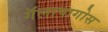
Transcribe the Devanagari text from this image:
गॅलापागोस